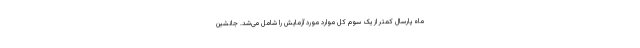
ماه پارسال کمتر از یک سوم کل موارد مورد آزمایش را شامل می‌شد. جانشین